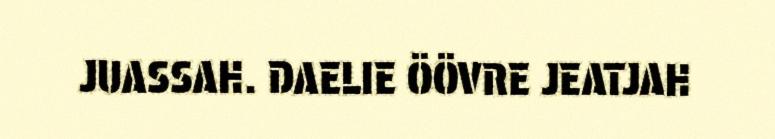
JUASSAH. DAELIE ÖÖVRE JEATJAH